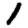
Digit: 1